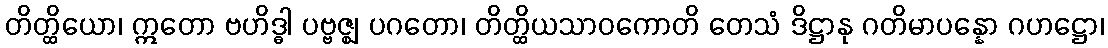
တိတ္ထိယော၊ ဣတော ဗဟိဒ္ဓါ ပဗ္ဗဇ္ဈ ပဂတော၊ တိတ္ထိယသာဝကောတိ တေသံ ဒိဋ္ဌာနု ဂတိမာပန္နော ဂဟဋ္ဌော၊